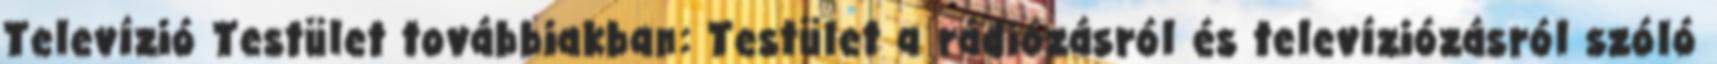
Televízió Testület továbbiakban: Testület a rádiózásról és televíziózásról szóló